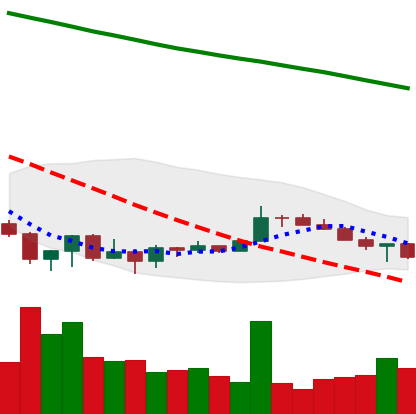
Ticker: XRP-USD
Chart end date: 2022-07-01
Forward return: 5.928%
Label: up_5_7